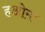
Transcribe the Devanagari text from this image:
हओमा